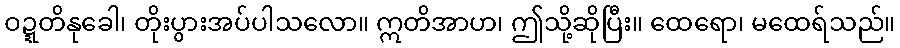
ဝဍ္ဍတိနုခေါ၊ တိုးပွားအပ်ပါသလော။ ဣတိအာဟ၊ ဤသို့ဆိုပြီး။ ထေရော၊ မထေရ်သည်။